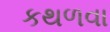
કથળવા